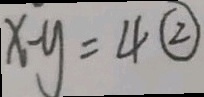
x - y = 4 \textcircled { 2 }